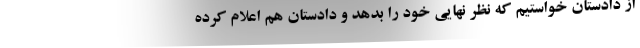
از دادستان خواستیم که نظر نهایی خود را بدهد و دادستان هم اعلام کرده